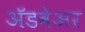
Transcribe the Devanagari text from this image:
अॅडवेअर